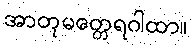
အာတုမတ္တေရဂါထာ။